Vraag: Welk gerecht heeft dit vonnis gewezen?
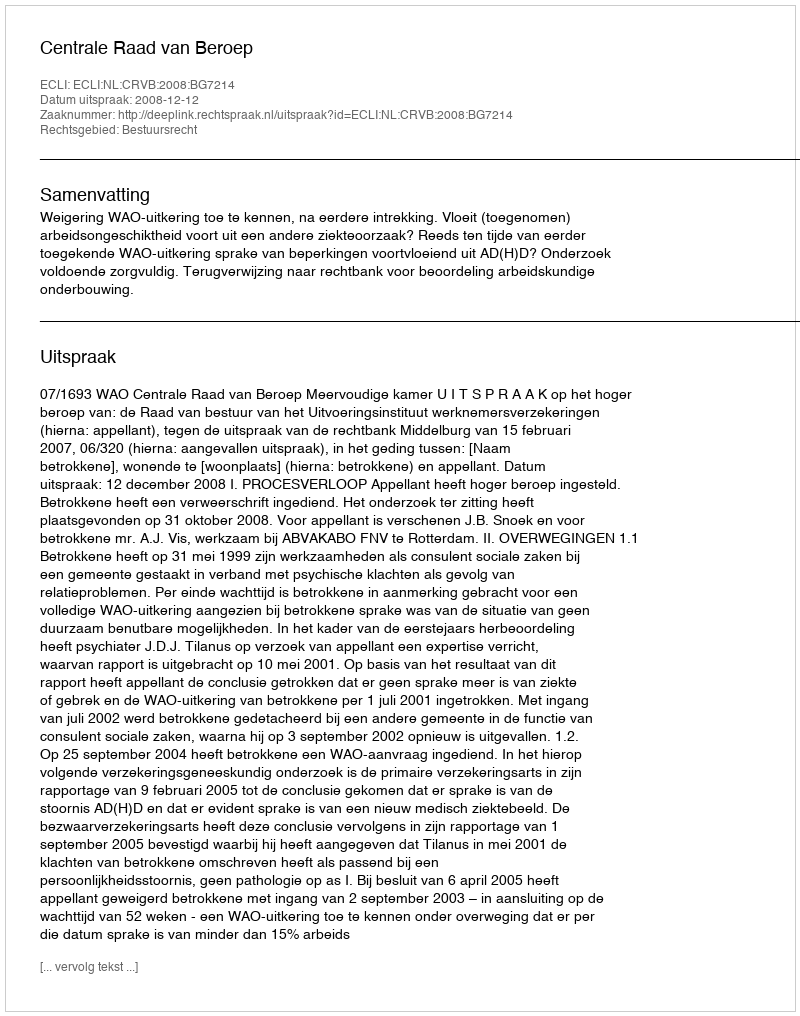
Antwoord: Centrale Raad van Beroep